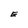
Character: E